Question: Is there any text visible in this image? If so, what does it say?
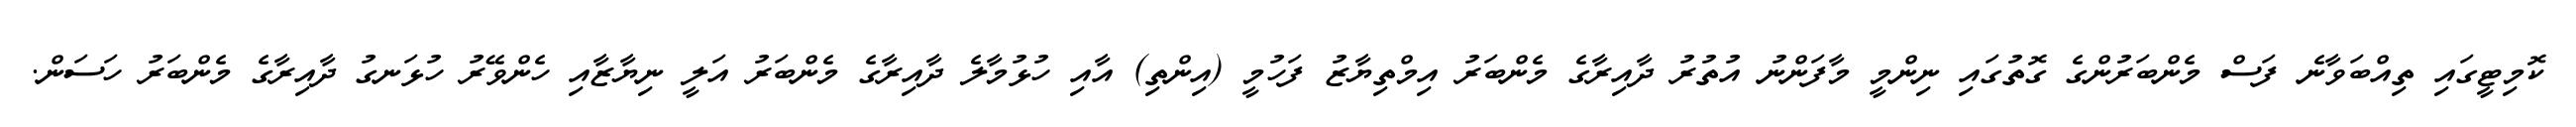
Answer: ކޮމިޓީގައި ތިއްބަވާނެ ފަސް މެންބަރުންގެ ގޮތުގައި ނިންމީ މާފަންނު އުތުރު ދާއިރާގެ މެންބަރު އިމްތިޔާޒު ފަހުމީ (އިންތި) އާއި ހުޅުމާލެ ދާއިރާގެ މެންބަރު އަލީ ނިޔާޒާއި ހެންވޭރު ހުޅަނގު ދާއިރާގެ މެންބަރު ހަސަން.